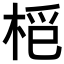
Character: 𣑿